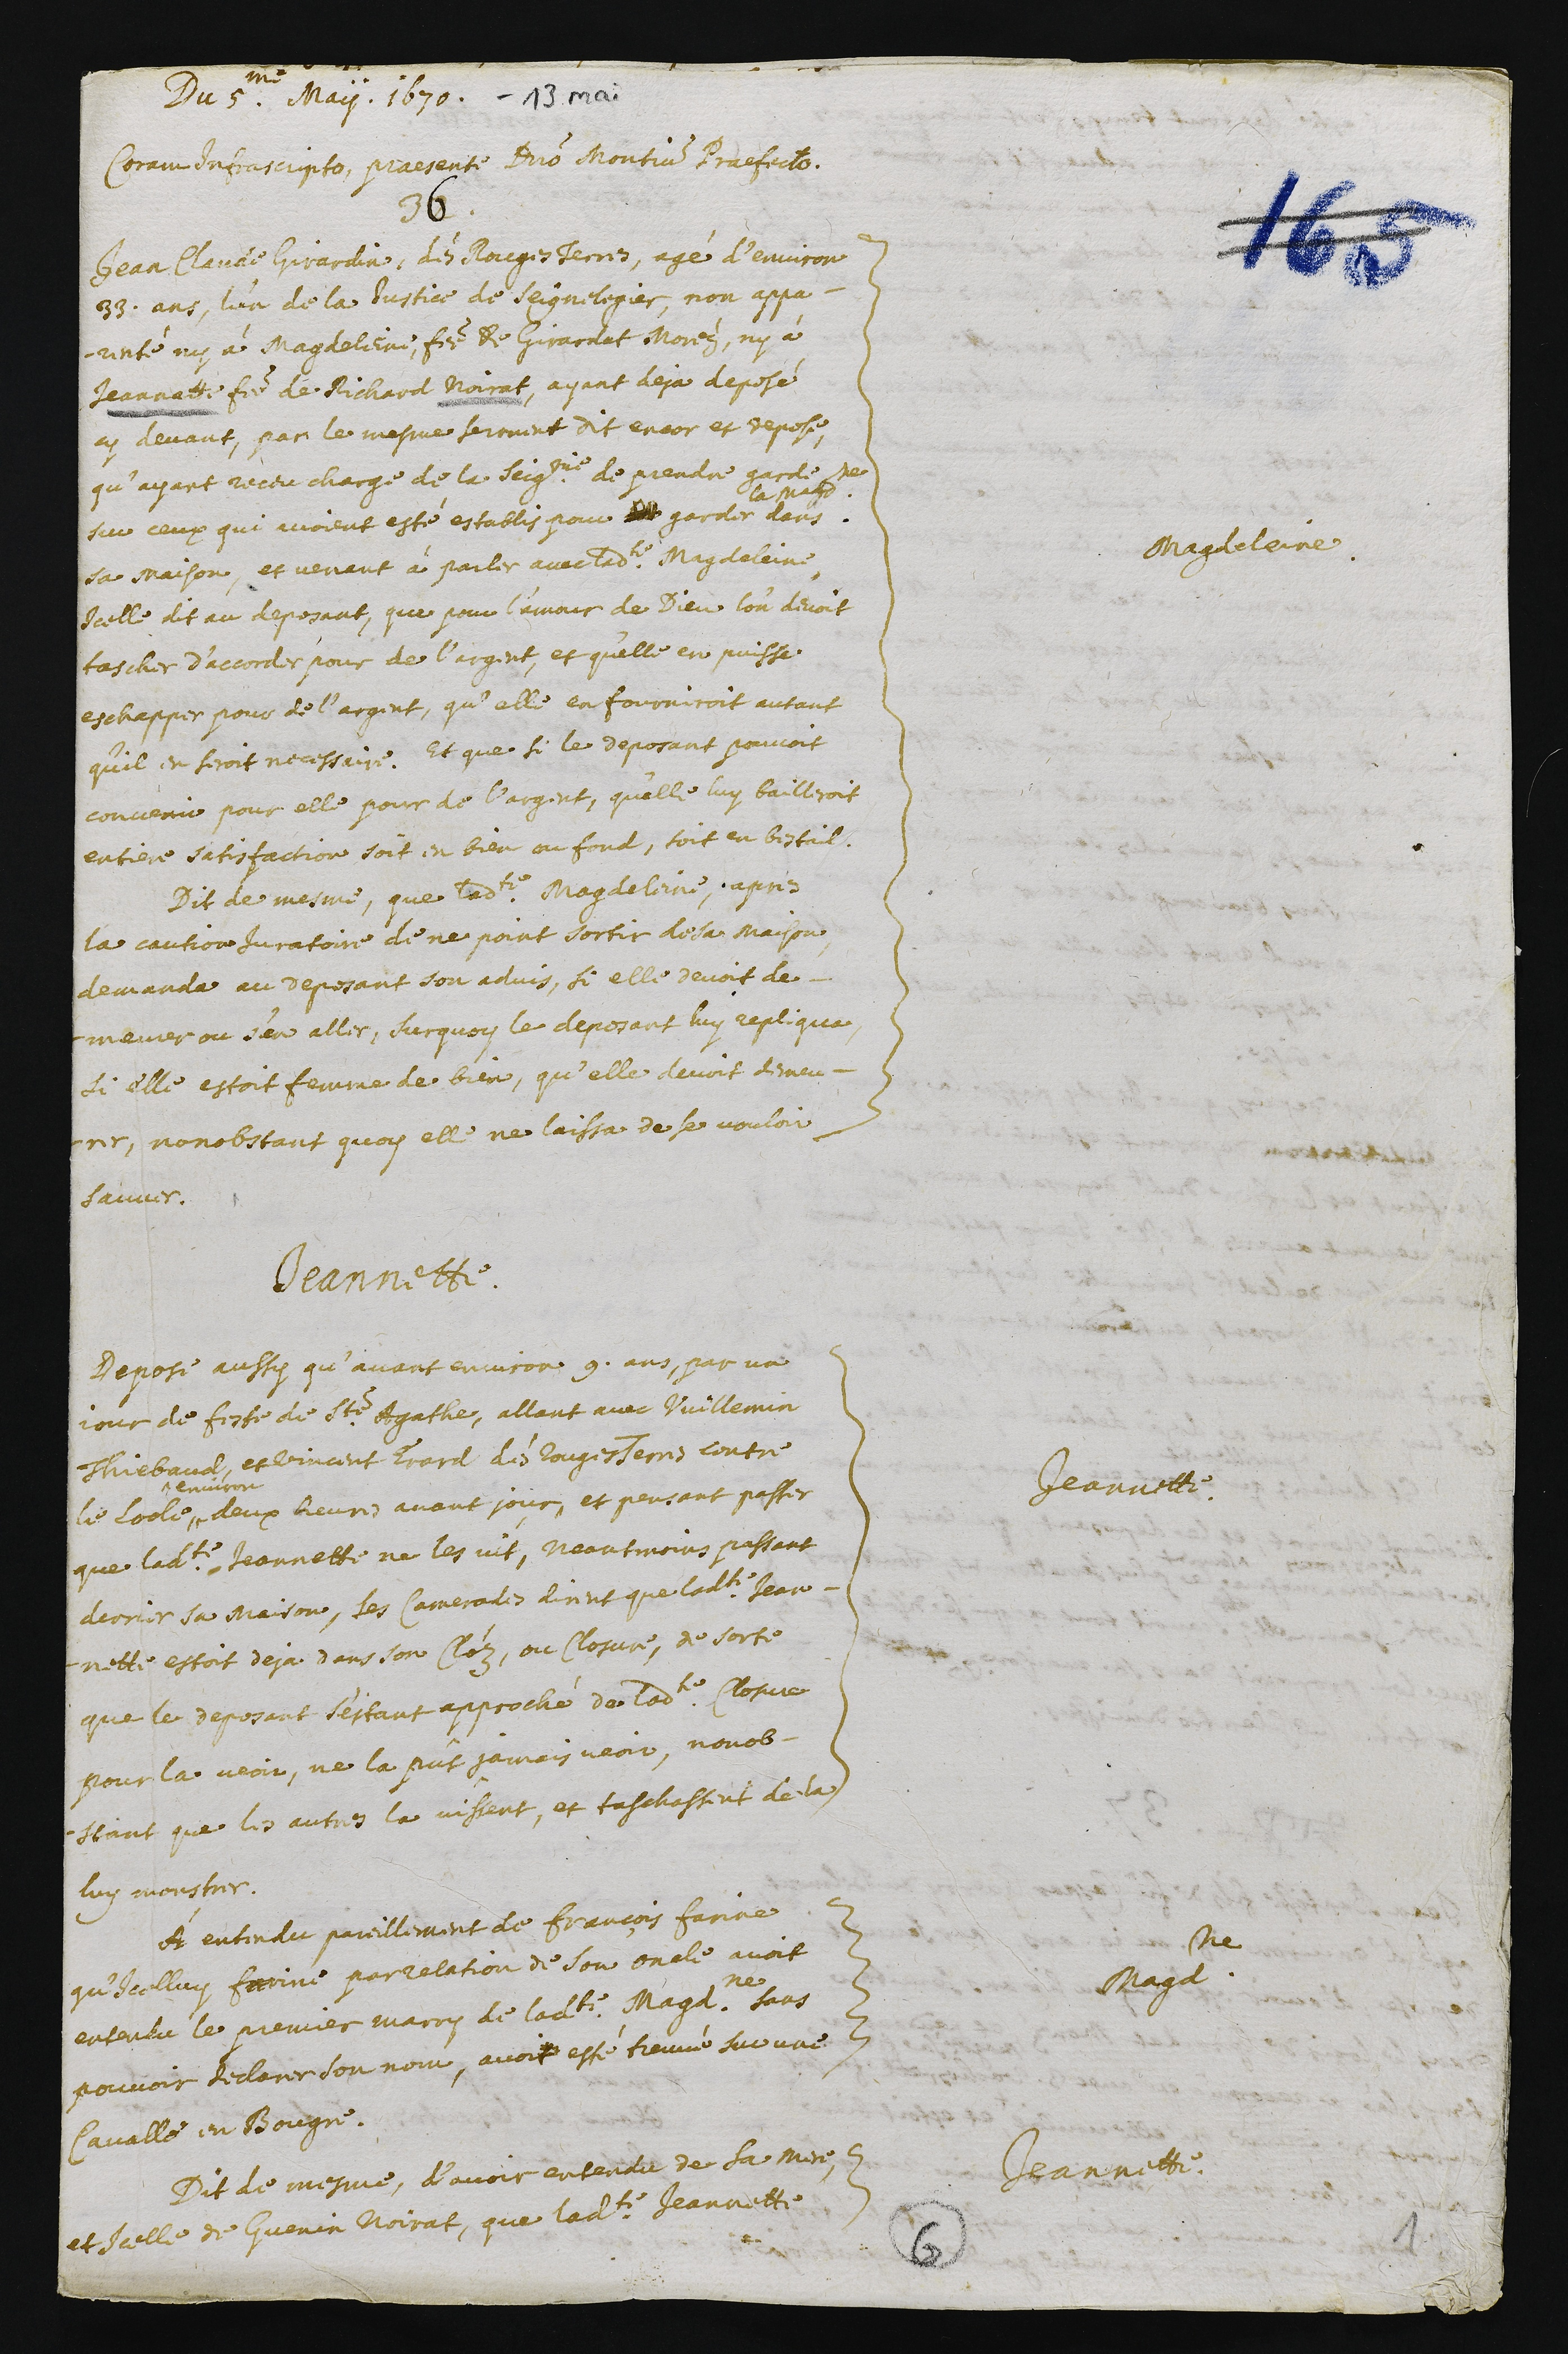
Du 5.me May. 1670.
Coram infrascripto, praesente domino Montium praefecto.
36.
Magdeleine.
Jean Claude Girardin, dés Rouges Terres, agé d’environ
33 ans, l’un de la justice de Saignelegier, non appa-
renté ny à Magdeleine, femme de Girardat Morelz, ny à
Jeannatte femme de Richard Noirat, ayant deja deposé
cy devant, par le mesme serment dit encor et depose,
qu’ayant receu charge de la seigneurie de prendre garde
sur ceux qui auroient esté establis pour  ?? garder
la Magdeleine
dans
sa maison, et venant à parler avec ladite Magdeleine,
icelle dit au deposant, que pour l’amour de Dieu l’on devoit
tascher d’accorder pour de l’argent et qu’elle en puisse
eschapper pour de l’argent, qu’elle en fourniroit autant
qu’il en seroit necessaire. Et que si le deposant pouvoit
convenir pour elle pour de l’argent, qu’elle luy bailleroit
entiere satisfaction soit en bien ou fond, soit en bestail.
Dit de mesme, que ladite Magdeleine, apres
la caution juratoire de ne point sortir de la maison,
demanda au deposant son advis, si elle devoit de-
meurer ou s’en aller. Sur quoy le deposant luy repliqua,
si elle estoit femme de bien, qu’elle devoit demeu-
rer, nonobstant quoy elle ne laissa de se vouloir
sauver.
Jeannette.
Jeannette.
Depose aussy qu’avant environ 9 ans, par un
jour de feste de Ste Agathe, allant avec Vuillemin
Thiebaud, et Vincent Erard des Rouges Terres contre
Le Locle"
"environ
deux heures avant jour, et pensant passer
que ladite Jeannette ne les vit. Neantmoins passant
derrier sa maison, les camerades dirent que ladite Jean-
nette estoit deja dans son cloz, ou closure. De sorte
que le deposant s’estant approché de ladite closure
pour la veoir, ne la pus jamais veoir, nonob-
stant que les autres la vissent, et taschassent de la
luy monstrer.
Magdeleine.
A entendu pareillement de François Farine
qu’icelluy Farine, par relation de son oncle, avoit
entendu le premier marry de ladite Magdeleine sans
pouvoir declarer son nom, avoit esté treuvé sur une
cavalle en Bougre.
Jeannette.
Dit de mesme, d’avoir entendu de sa mere,
et icelle de Guenin Noirat, que ladite Jeannette